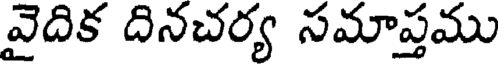
వైదిక దినచర్య సమాప్తము